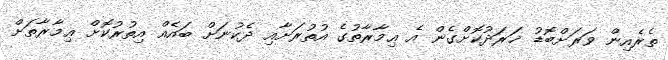
ތެރެއިން ވަރަށްބޮޑު ޚަރަދުކޮށްގެން އެ ޢިމާރާތުގެ އުތުރަށާއި ދެކުނަށް ބައެއް އިތުރުކޮށް ޢިމާރާތަށް